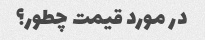
در مورد قیمت چطور؟